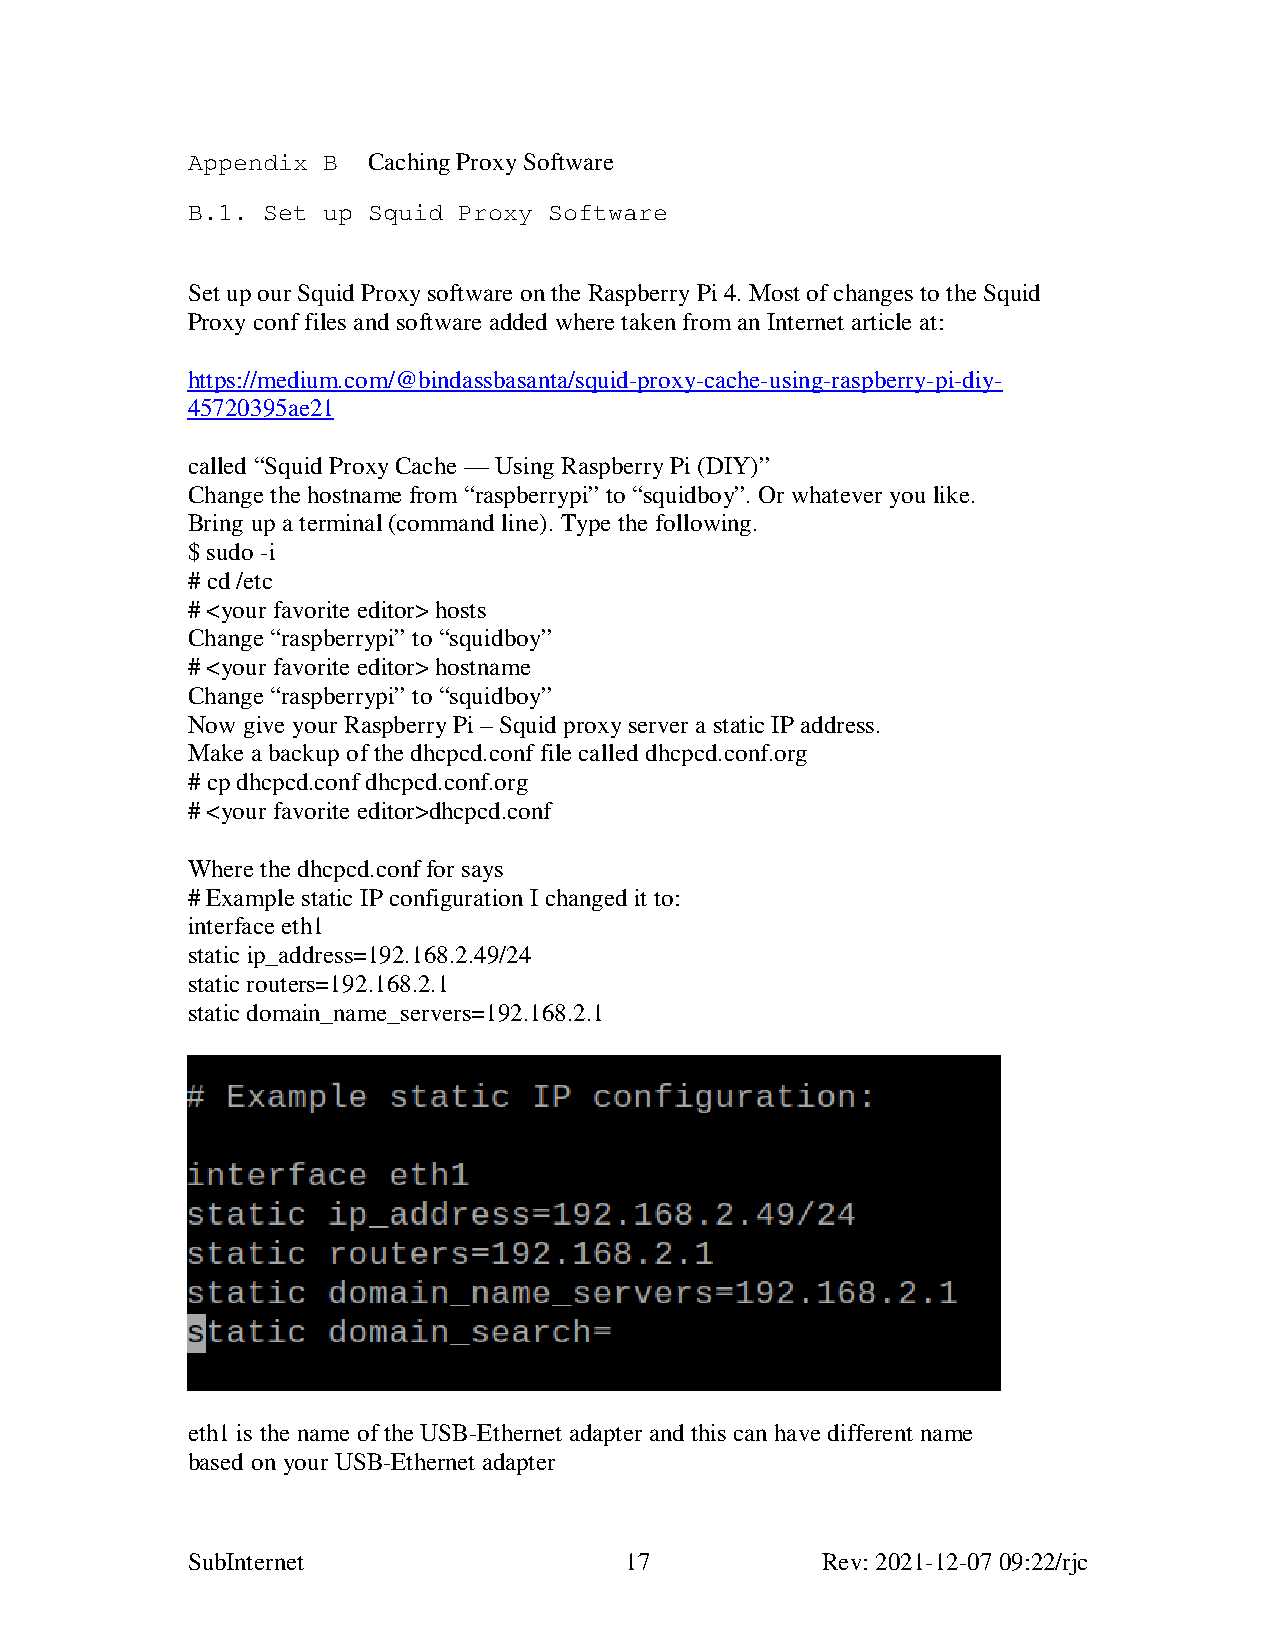
Appendix B  Caching Proxy Software
 B.1. Set up Squid Proxy Software
 Set up our Squid Proxy software on the Raspberry Pi 4. Most of changes to the Squid
 Proxy conf files and software added where taken from an Internet article at:
 https://medium.com/@bindassbasanta/squid-proxy-cache-using-raspberry-pi-diy-
 45720395ae21
 called “Squid Proxy Cache — Using Raspberry Pi (DIY)”
 Change the hostname from “raspberrypi” to “squidboy”. Or whatever you like.
 Bring up a terminal (command line). Type the following.
 $ sudo -i
 # cd /etc
 # <your favorite editor> hosts
 Change “raspberrypi” to “squidboy”
 # <your favorite editor> hostname
 Change “raspberrypi” to “squidboy”
 Now give your Raspberry Pi – Squid proxy server a static IP address.
 Make a backup of the dhcpcd.conf file called dhcpcd.conf.org
 # cp dhcpcd.conf dhcpcd.conf.org
 # <your favorite editor>dhcpcd.conf
 Where the dhcpcd.conf for says
 # Example static IP configuration I changed it to:
 interface eth1
 static ip_address=192.168.2.49/24
 static routers=192.168.2.1
 static domain_name_servers=192.168.2.1
 eth1 is the name of the USB-Ethernet adapter and this can have different name
 based on your USB-Ethernet adapter
 SubInternet                  17           Rev: 2021-12-07 09:22/rjc